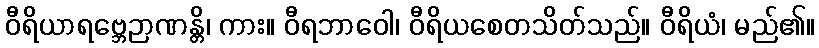
ဝီရိယာရဗ္ဘေဉာဏန္တိ၊ ကား။ ဝီရဘာဝေါ၊ ဝီရိယစေတသိတ်သည်။ ဝီရိယံ၊ မည်၏။